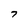
Character: 7